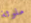
ملوثة